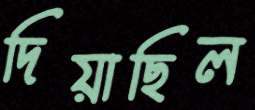
দিয়াছিল